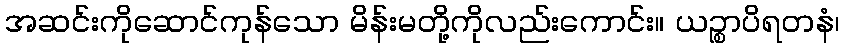
အဆင်းကိုဆောင်ကုန်သော မိန်းမတို့ကိုလည်းကောင်း။ ယဉ္စာပိရတနံ၊